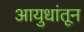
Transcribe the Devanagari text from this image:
आयुधांतून